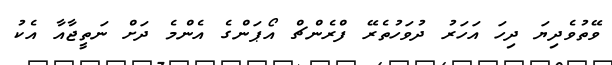
ވޭތުވެދިޔަ ދިހަ އަހަރު ދުވަހުތެރޭ ފްރެންޗް އޯޕަންގެ އެންމެ ދަށް ނަތީޖާއާ އެކު